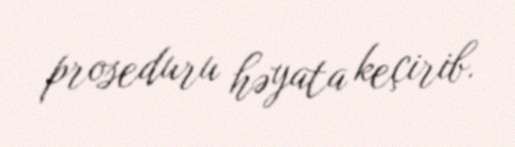
proseduru həyata keçirib.